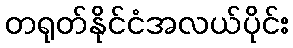
တရုတ်နိုင်ငံအလယ်ပိုင်း